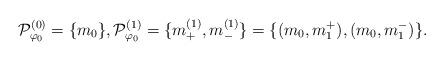
LaTeX: \begin{align*}\mathcal{P}_{\varphi_0}^{(0)} = \{m_0\},\mathcal{P}_{\varphi_0}^{(1)} = \{m_+^{(1)}, m_-^{(1)} \}= \{ (m_0, m_1^+), (m_0, m_1^-) \}.\end{align*}